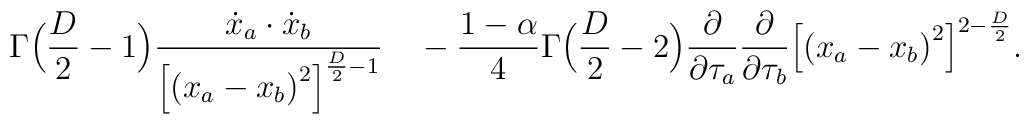
\Gamma\Bigl({D\over 2}-1\Bigr){{\dot x_a\cdot\dot x_b\over{\Bigl[{(x_a - x_b)}^2\Bigr]}^{{D\over 2}-1}}\quad}\nonumber\\-{1-\alpha\over 4}\Gamma\Bigl({{D\over 2}-2}\Bigr){\partial\over\partial\tau_a}{\partial\over\partial\tau_b}{\Bigl[{(x_a-x_b)}^2\Bigr]}^{2-{D\over2}}.